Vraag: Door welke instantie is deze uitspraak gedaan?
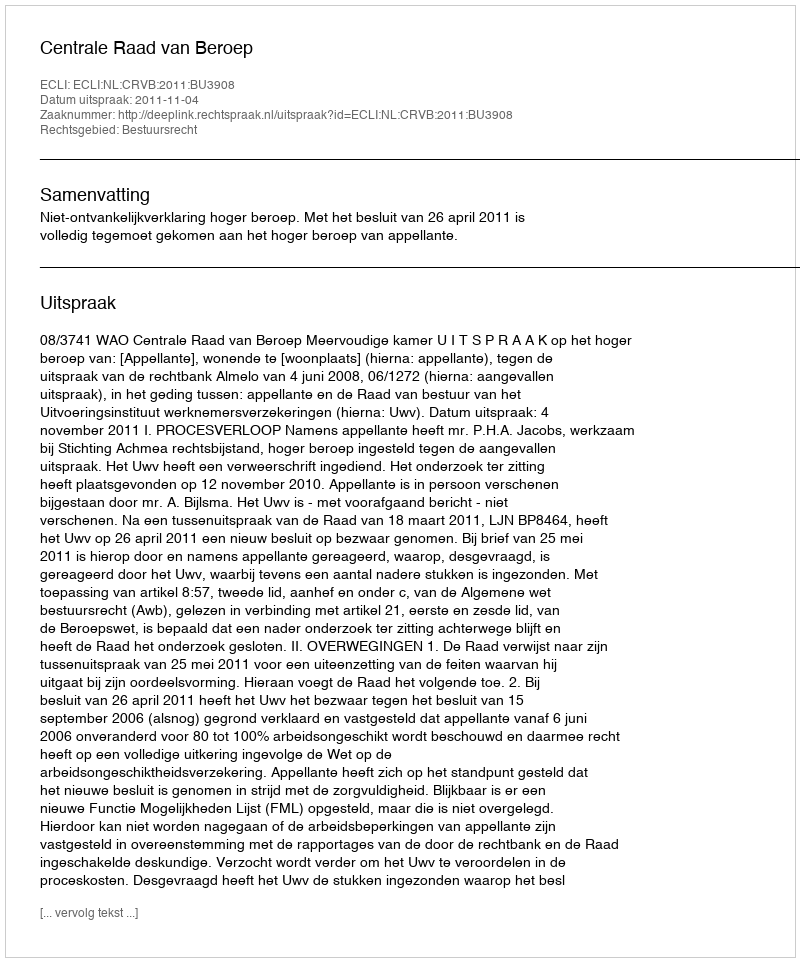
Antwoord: Centrale Raad van Beroep